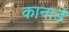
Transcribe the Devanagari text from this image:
कानाडे